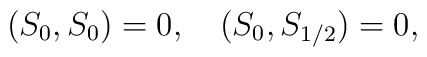
(S_0, S_0)=0, \ \ \ \ \\ (S_0, S_{1/2})=0,